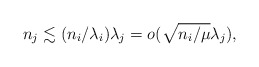
\begin{align*} n_j \lesssim (n_i/\lambda_i)\lambda_j = o(\sqrt{n_i/\mu}\lambda_j), \end{align*}